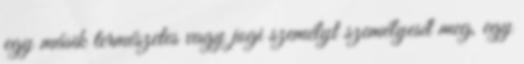
egy másik természetes vagy jogi személyt személyesít meg, egy